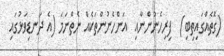
(ގޮތެއްގައިތިބި)  ފިރިހެނުންނާއި  އަންހެނުންތަކެއް ނެތްނަމަ (އެ ދަނޑިވަޅުގައި